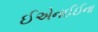
ઈએનઈઈના